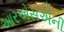
આરએસએની